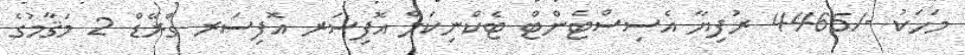
މަހަކު -/4465 ރުފިޔާ އެސިސްޓެންޓް ޓެކްނިކަލް އޮފިސަރ އޮފިސަރ ގްރޭޑް 2 މަޤާމުގެ